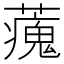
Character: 藱